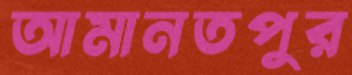
আমানতপুর